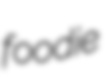
foodie